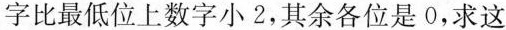
字比最低位上数字小2，其余各位是0，求这